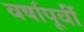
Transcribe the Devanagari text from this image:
वषा॔पूवी॔